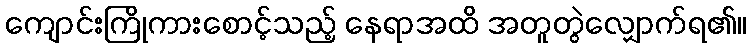
ကျောင်းကြိုကားစောင့်သည့် နေရာအထိ အတူတွဲလျှောက်ရ၏။